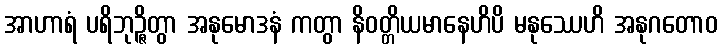
အာဟာရံ ပရိဘုဉ္ဇိတွာ အနုမောဒနံ ကတွာ နိဝတ္တိယမာနေဟိပိ မနုဿေဟိ အနုဂတောဝ